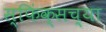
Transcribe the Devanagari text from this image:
स्फिंक्सच्या